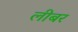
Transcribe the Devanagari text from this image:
लीबर